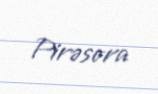
Pirəsora